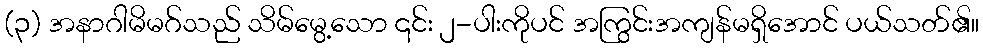
(၃) အနာဂါမိမဂ်သည် သိမ်မွေ့သော ၎င်း ၂-ပါးကိုပင် အကြွင်းအကျန်မရှိအောင် ပယ်သတ်၏။